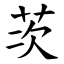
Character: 茨